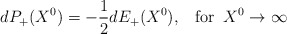
\begin{align*}dP_+(X^0)=-\frac{1}{2}dE_+(X^0),\;\;\;\mbox{for}\;\;X^0\rightarrow\infty\end{align*}